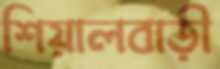
শিয়ালবাড়ী